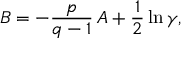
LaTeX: B = - \frac { p } { q - 1 } \, A + \frac 1 2 \ln \gamma ,